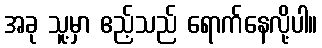
အခု သူ့မှာ ဧည့်သည် ရောက်နေလို့ပါ။